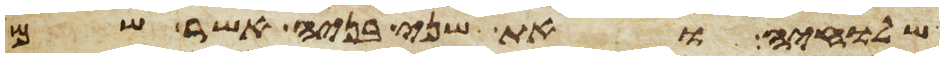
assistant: שלחיה ואת שני בניה אשר שם